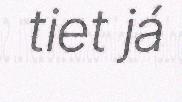
tiet já